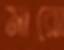
মারো